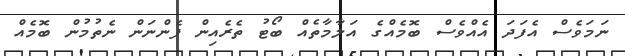
ނަމަވެސް އެފަދަ އެއްވެސް ބޮމެއްގެ އަލާމާތެއް ބޯޓު ތެރެއިން ފެންނަން ނެތުމުން ބޮމެއް